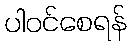
ပါဝင်စေရန်